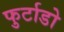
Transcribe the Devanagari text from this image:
फुर्टाडो